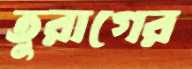
তুরাগের